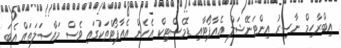
އިބްރާހިމް ނާސިރު އިންޓަނޭޝަލް އެއާޕޯޓާއި ޑޮމެސްޓިކް އެހެން އެއާޕޯޓްތަކުގައި ވެސް މައްސަލަތައް އެބަ